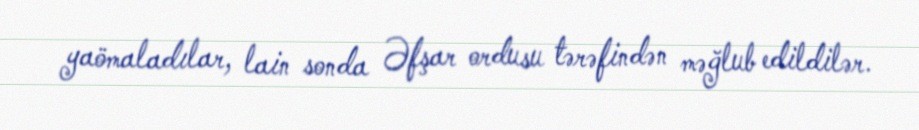
yaömaladılar, lain sonda Əfşar ordusu tərəfindən məğlub edildilər.